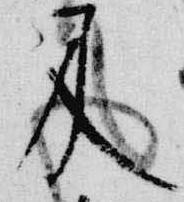
及